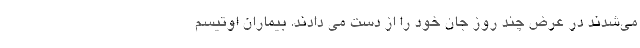
می‌شدند در عرض چند روز جان خود را از دست می دادند. بیماران اوتیسم